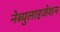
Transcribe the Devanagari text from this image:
नेब्युलाइजेशन